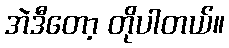
အဲဒီတော့ တိုပါတယ်။